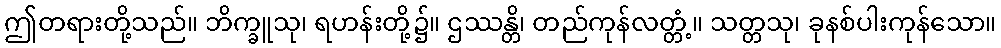
ဤတရားတို့သည်။ ဘိက္ခူသု၊ ရဟန်းတို့၌။ ဌဿန္တိ၊ တည်ကုန်လတ္တံ့။ သတ္တသု၊ ခုနစ်ပါးကုန်သော။